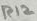
Text: R12